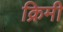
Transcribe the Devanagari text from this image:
क्रिमी